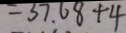
= 3 7 . 6 8 + 4